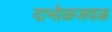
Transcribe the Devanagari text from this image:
दाभोळजवळ